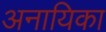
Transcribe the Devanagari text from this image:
अनायिका